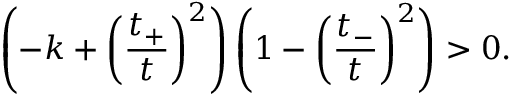
\left( - k + \left( \frac { t _ { + } } { t } \right) ^ { 2 } \right) \left( 1 - \left( \frac { t _ { - } } { t } \right) ^ { 2 } \right) > 0 .